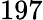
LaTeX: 197